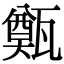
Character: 㽀